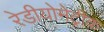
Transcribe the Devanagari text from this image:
रेडीयोमेट्रीक